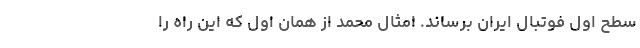
سطح اول فوتبال ایران برساند. امثال محمد از همان اول که این راه را